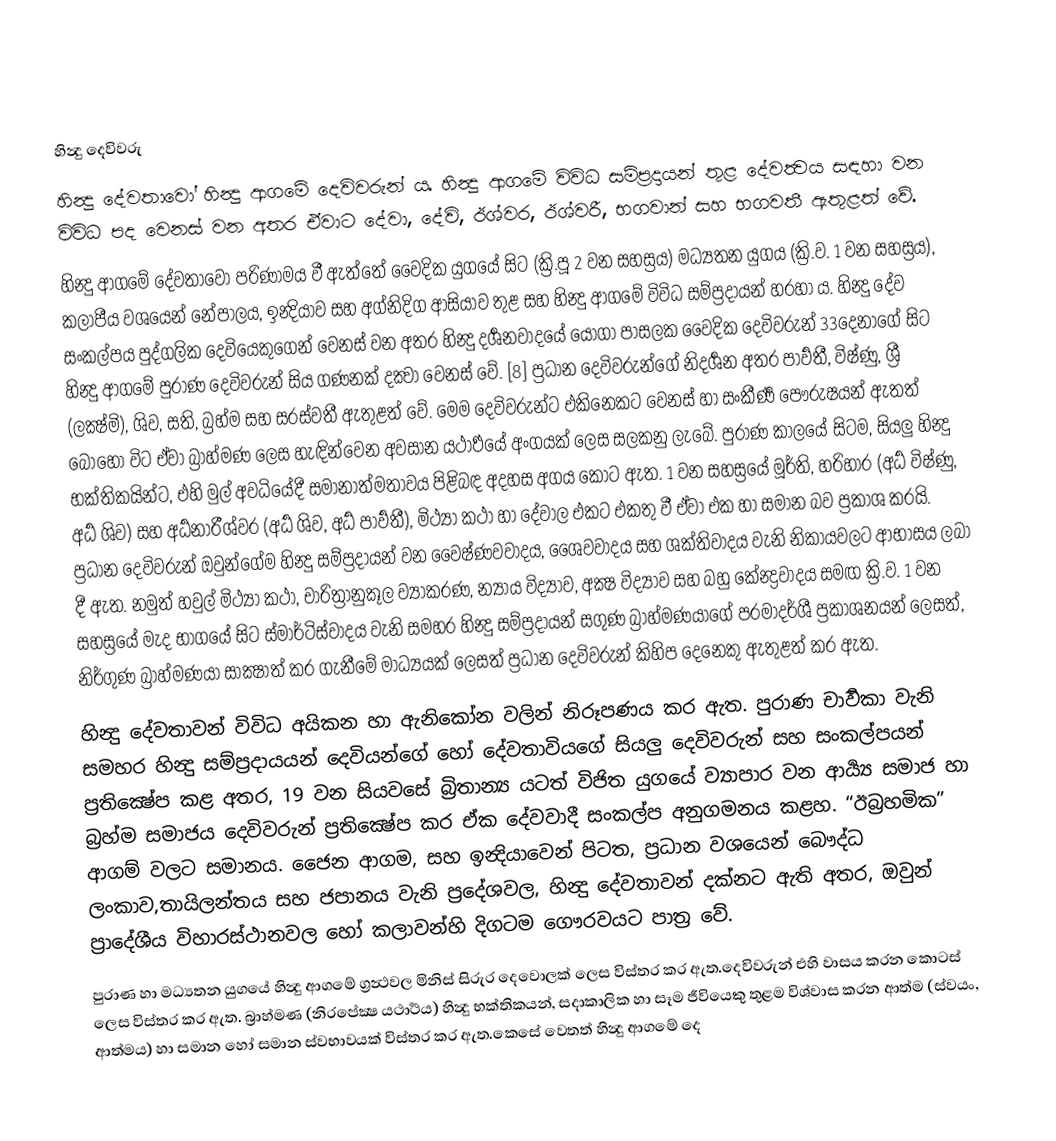

හින්‍දු දෙවිවරු
හින්‍දු දේවතාවෝ හින්‍දු ආගමේ දෙවිවරුන් ය. හින්‍දු ආගමේ විවිධ සම්ප්‍රදායන් තුළ දේව‍ත්‍වය සඳහා වන විවිධ පද වෙනස් වන අතර ඒවාට දේවා, දේවි, ඊශ්වර, ඊශ්වරී, භගවාන් සහ භගවතී ඇතුළත් වේ.
හින්‍දු ආගමේ දේවතාවෝ පරිණාමය වී ඇත්තේ වෛදික යුගයේ සිට (ක්‍රි.පූ 2 වන සහස්‍රය) මධ්‍යතන යුගය (ක්‍රි.ව. 1 වන සහස්‍රය), කලාපීය වශයෙන් නේපාලය, ඉන්‍දියාව සහ අග්නිදිග ආසියාව තුළ සහ හින්‍දු ආගමේ විවිධ සම්ප්‍රදායන් හරහා ය. හින්‍දු දේව සංකල්පය පුද්ගලික දෙවියෙකුගෙන් වෙනස් වන අතර හින්‍දු දර්‍ශනවාදයේ යෝගා පාසලක  වෛදික දෙවිවරුන් 33දෙනාගේ සිට හින්‍දු ආගමේ පුරාණ දෙවිවරුන් සිය ගණනක් දක්‍වා වෙනස් වේ. [8] ප්‍රධාන දෙවිවරුන්ගේ නිදර්‍ශන අතර පාර්‍වතී, විෂ්ණු, ශ්‍රී (ලක්‍ෂ්මි), ශිව, සති, බ්‍රහ්ම සහ සරස්වතී ඇතුළත් වේ. මෙම දෙවිවරුන්ට එකිනෙකට වෙනස් හා සංකීර්‍ණ පෞරුෂයන් ඇතත් බොහෝ විට ඒවා බ්‍රාහ්මණ ලෙස හැඳින්වෙන අවසාන යථාර්‍ථයේ අංගයක් ලෙස සලකනු ලැබේ. පුරාණ කාලයේ සිටම, සියලු හින්‍දු භක්තිකයින්ට, එහි මුල් අවධියේදී සමානාත්මතාවය පිළිබඳ අදහස අගය කොට ඇත. 1 වන සහස්‍රයේ මූර්ති, හරිහාර (අර්‍ධ විෂ්ණු, අර්‍ධ ශිව) සහ අර්‍ධනාරීශ්වර (අර්‍ධ ශිව, අර්‍ධ පාර්‍වතී), මිථ්‍යා කථා හා දේවාල එකට එකතු වී ඒවා එක හා සමාන බව ප්‍රකාශ කරයි.  ප්‍රධාන දෙවිවරුන් ඔවුන්ගේම හින්‍දු සම්ප්‍රදායන් වන වෛෂ්ණවවාදය, ශෛවවාදය සහ ශක්තිවාදය වැනි නිකායවලට ආභාසය ලබා දී ඇත. නමුත් හවුල් මිථ්‍යා කථා, චාරිත්‍රානුකූල ව්‍යාකරණ, න්‍යාය විද්‍යාව, අක්‍ෂ විද්‍යාව සහ බහු කේන්‍ද්‍රවාදය සමඟ ක්‍රි.ව. 1 වන සහස්‍රයේ මැද භාගයේ සිට ස්මාර්ටිස්වාදය වැනි සමහර හින්‍දු සම්ප්‍රදායන් සගුණ බ්‍රාහ්මණයාගේ පරමාදර්ශී ප්‍රකාශනයන් ලෙසත්, නිර්ගුණ බ්‍රාහ්මණයා සාක්‍ෂාත් කර ගැනීමේ මාධ්‍යයක් ලෙසත් ප්‍රධාන දෙවිවරුන් කිහිප දෙනෙකු ඇතුළත් කර ඇත.
හින්‍දු දේවතාවන් විවිධ අයිකන හා ඇනිකෝන වලින් නිරූපණය කර ඇත. පුරාණ චාර්‍වකා වැනි සමහර හින්‍දු සම්ප්‍රදායයන් දෙවියන්ගේ හෝ දේවතාවියගේ සියලු දෙවිවරුන් සහ සංකල්පයන් ප්‍රතික්‍ෂේප කළ අතර, 19 වන සියවසේ බ්‍රිතාන්‍ය යටත් විජිත යුගයේ ව්‍යාපාර වන ආ‍ර්‍ය්‍ය සමාජ හා බ්‍රහ්ම සමාජය දෙවිවරුන් ප්‍රතික්‍ෂේප කර ඒක දේවවාදී සංකල්ප අනුගමනය කළහ. “ඊබ්‍රහමික” ආගම් වලට සමානය. ජෛන ආගම, සහ ඉන්‍දියාවෙන් පිටත, ප්‍රධාන වශයෙන් බෞද්ධ ලංකාව,තායිලන්තය සහ ජපානය වැනි ප්‍රදේශවල, හින්‍දු දේවතාවන් දක්නට ඇති අතර, ඔවුන් ප්‍රාදේශීය විහාරස්ථානවල හෝ කලාවන්හි දිගටම ගෞරවයට පාත්‍ර වේ.
පුරාණ හා මධ්‍යතන යුගයේ හින්‍දු ආගමේ ග්‍රන්‍ථවල මිනිස් සිරුර දෙවොලක් ලෙස විස්තර කර ඇත.දෙවිවරුන් එහි වාසය කරන කොටස් ලෙස විස්තර කර ඇත.  බ්‍රාහ්මණ (නිරපේක්‍ෂ යථාර්‍ථය) හින්‍දු භක්තිකයන්, සදාකාලික හා සෑම ජීවියෙකු තුළම විශ්වාස කරන ආත්ම (ස්වයං, ආත්මය) හා සමාන හෝ සමාන ස්වභාවයක් විස්තර කර ඇත.කෙසේ වෙතත් හින්‍දු ආගමේ දෙ